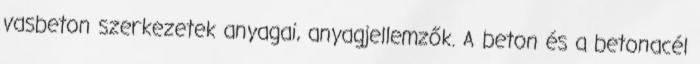
vasbeton szerkezetek anyagai, anyagjellemzők. A beton és a betonacél